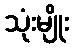
သုံးမျိုး